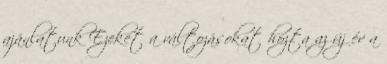
ajánlatunk Ezeket a változásokat hozta az új év a